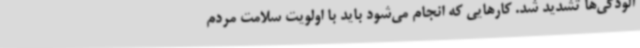
آلودگی‌ها تشدید شد. کارهایی که انجام می‌شود باید با اولویت سلامت مردم